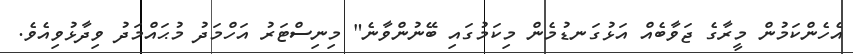
އެހެންކަމުން މީރާގެ ޖަވާބެއް އަޅުގަނޑުމެން މިކަމުގައި ބޭނުންވާނެ" މިނިސްޓަރު އަހްމަދު މުޙައްމަދު ވިދާޅުވިއެވެ.